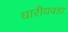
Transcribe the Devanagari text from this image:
घारीयवडा